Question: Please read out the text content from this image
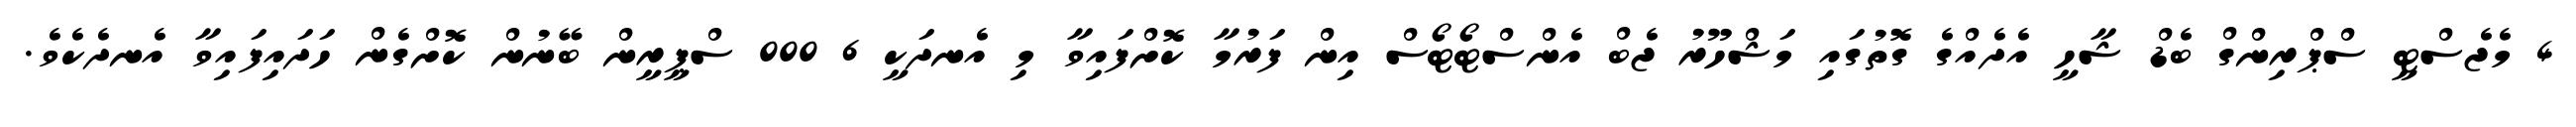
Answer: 4 މެޖެސްޓީ ސްޕްރިންގް ބެޑް ޝާހީ އެދެއްގެ ގޮތުގައި މަޝްހޫރު ޖެބް އެންސްޓޯޓޯސް އިން ފަރުމާ ކޮށްފައިވާ މި އެނދަކީ 6 000 ސްޕީރީން ބޭނުން ކޮށްގެން ހަދައިފައިވާ އެނދެކެވެ.